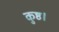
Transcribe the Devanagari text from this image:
कुष्ठ।